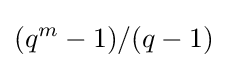
(q^{m}-1)/(q-1)